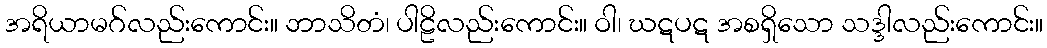
အရိယာမဂ်လည်းကောင်း။ ဘာသိတံ၊ ပါဠိလည်းကောင်း။ ဝါ၊ ဃဋပဋ အစရှိသော သဒ္ဒါလည်းကောင်း။